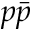
p \bar { p }